Annual report on the Civil Veterinary Department, Burma (including the Insein Veterinary School) - 1932-1941
Year: 1932
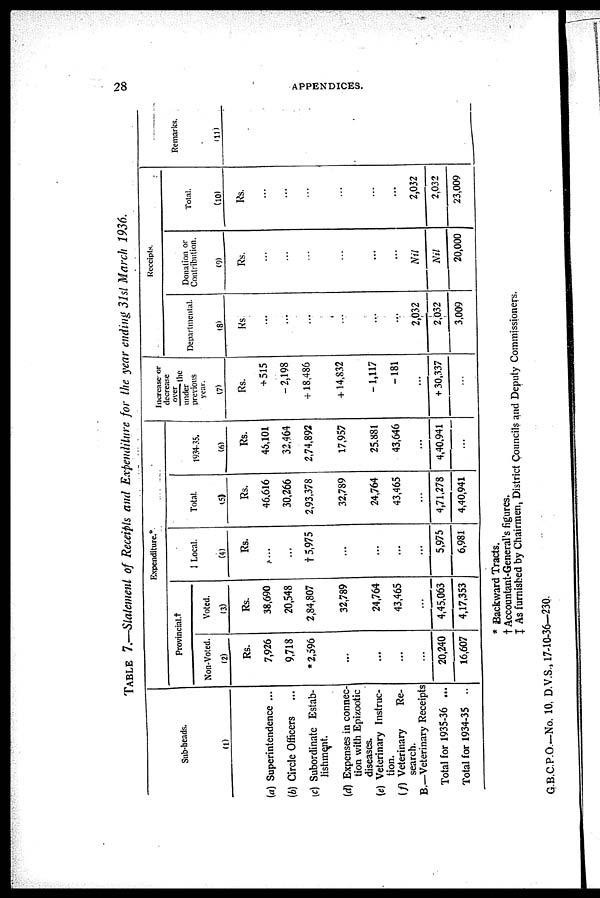
28
APPENDICES.
TABLE 7.—Statement of Receipts and Expenditure for the year ending 31st March 1936.
Sub-heads.
(1)
(a) Superintendence ...
(b) Circle Officers ...
(c) Subordinate Estab-
lishment.
(d) Expenses in connec-
tion with Epizootic
diseases.
(e) Veterinary Instruc-
tion.
(f) Veterinary
Re-
search.
B.—Veterinary Receipts
Total for 1935-36 ...
Total for 1934-35 ..
Expenditure.*
Provincial.†
Non-Voted.
(2)
Rs.
7,926
9,718
* 2,596
...
...
...
...
20,240
16,607
Voted.
(3)
Rs.
38,690
20,548
2,84,807
32,789
24,764
43,465
...
4,45,063
4,17,353
‡ Local.
(4)
Rs.
...
...
† 5,975
...
...
...
...
5,975
6,981
Total.
(5)
Rs.
46,616
30,266
2,93,378
32,789
24,764
43,465
...
4,71,278
4,40,941
1934-35.
(6)
Rs.
46,101
32,464
2,74,892
17,957
25,881
43,646
...
4,40,941
...
Increase or
decrease
over the
under
previous
year.
(7)
Rs.
+ 515
-2,198
+ 18,486
+ 14,832
-1,117
-181
...
+ 30,337
...
Receipts.
Departmental.
(8)
Rs
...
...
...
...
...
...
2,032
2,032
3,009
Donation or
Contribution.
(9)
Rs.
...
...
...
...
...
...
Nil
Nil
20,000
Total.
(10)
Rs.
...
...
...
...
...
...
2,032
2,032
23,009
Remarks.
(11)
* Backward Tracts.
† Accountant-General's figures.
‡ As furnished by Chairmen, District Councils and Deputy Commissioners.
G.B.C.P.O.-No. 10, D.V.S., 17-10-36—230.